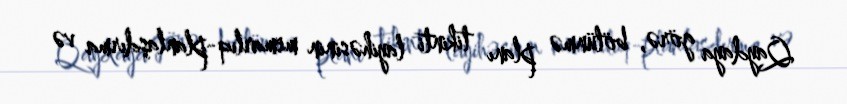
Qaydaya görə, bölünmə planı tikinti layihəsinin memarlıq-planlaşdırma və